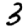
Digit: 3